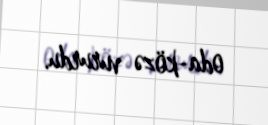
oda-közə vururdu.